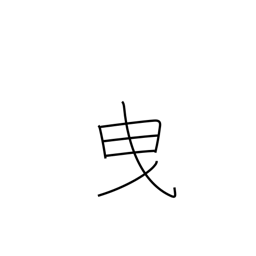
Meaning: admit